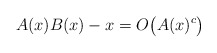
\begin{align*}A(x)B(x)-x = O\big(A(x)^c\big) \end{align*}